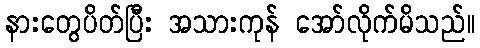
နားတွေပိတ်ပြီး အသားကုန် အော်လိုက်မိသည်။